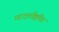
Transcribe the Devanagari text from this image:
ग्वादलक्विविर